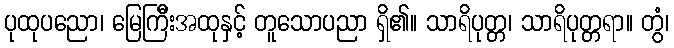
ပုထုပညော၊ မြေကြီိးအထုနှင့် တူသောပညာ ရှိ၏။ သာရိပုတ္တ၊ သာရိပုတ္တရာ။ တွံ၊